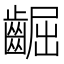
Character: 𪘳